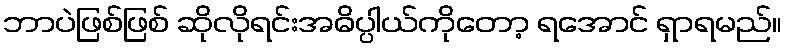
ဘာပဲဖြစ်ဖြစ် ဆိုလိုရင်းအဓိပ္ပါယ်ကိုတော့ ရအောင် ရှာရမည်။